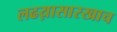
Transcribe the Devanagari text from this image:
लढय़ासारखाच